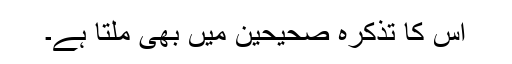
اس کا تذکرہ صحیحین میں بھی ملتا ہے۔